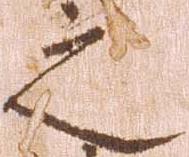
之